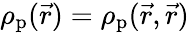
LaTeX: \rho_{\textrm{p}}(\vec{r})=\rho_{\textrm{p}}(\vec{r},\vec{r})